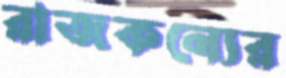
রাজকন্যের